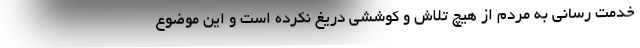
خدمت رسانی به مردم از هیچ تلاش و کوششی دریغ نکرده است و این موضوع